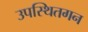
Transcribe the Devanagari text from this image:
उपस्थितगन